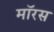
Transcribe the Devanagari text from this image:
मॉरस